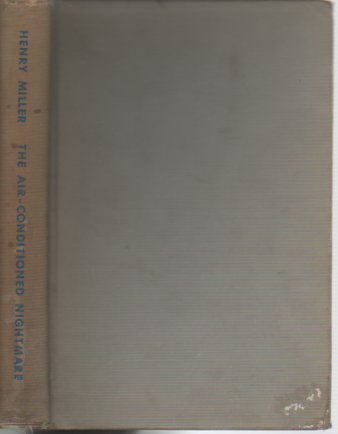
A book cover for The Air-Conditioned Nightmare; Henry Miller; Travel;